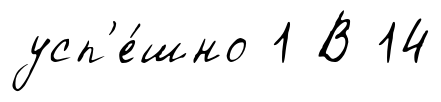
усп'е́шно 1 В 14